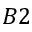
B 2